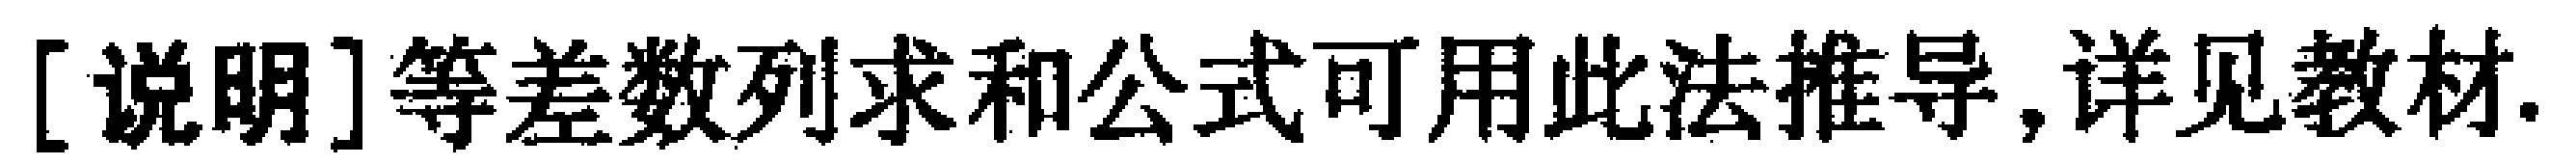
[说明]等差数列求和公式可用此法推导,详见教材.